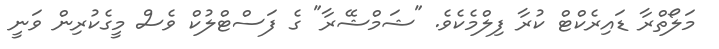
މަލޯތްރާ ޑައިރެކްޓް ކުރާ ފިލްމެކެވެ. "ޝަމްޝޭރާ" ގެ ފަސްޓްލުކް ވެސް މީގެކުރިން ވަނީ